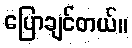
ပြောချင်တယ်။